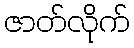
ဇာတ်လိုက်